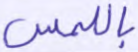
باللمس